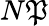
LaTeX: N\mathfrak{P}